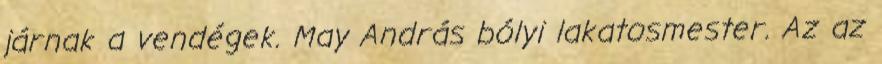
járnak a vendégek. May András bólyi lakatosmester. Az az